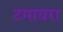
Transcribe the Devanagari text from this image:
टमायरा